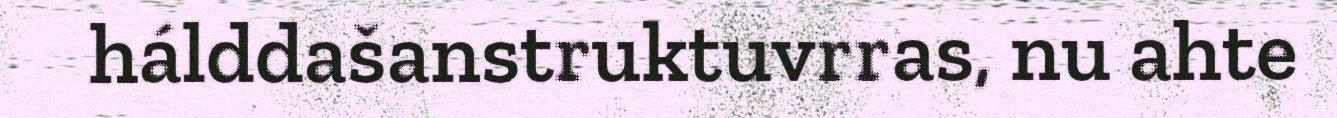
hálddašanstruktuvrras, nu ahte